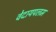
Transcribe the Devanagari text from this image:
वेदायपलम